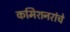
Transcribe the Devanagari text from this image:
कमिशनरांचे